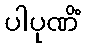
ပါပုဏိံ